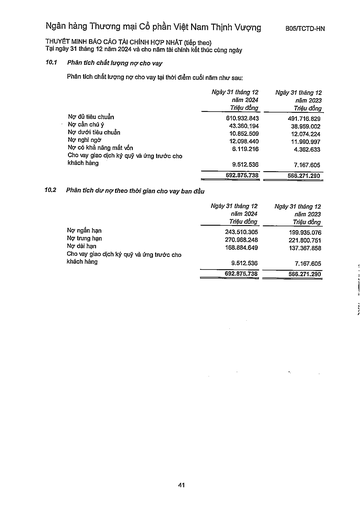
||Ngày 31 tháng 12 năm 2024 Triệu đồng|Ngày 31 tháng 12 năm 2023 Triệu đồng| |---|---|---| |Nợ đủ tiêu chuẩn|610.932.843|491.716.829| |Nợ cần chú ý|43.360.194|38.959.002| |Nợ dưới tiêu chuẩn|10.852.509|12.074.224| |Nợ nghi ngờ|12.098.440|11.990.997| |Nợ có khả năng mất vốn|6.119.216|4.362.633| |Cho vay giao dịch ký quỹ và ứng trước cho khách hàng|9.512.536|7.167.605| ||692.875.738|566.271.290| ||Ngày 31 tháng 12 năm 2024 Triệu đồng|Ngày 31 tháng 12 năm 2023 Triệu đồng| |---|---|---| |Nợ ngắn hạn|243.510.305|199.935.076| |Nợ trung hạn|270.968.248|221.800.751| |Nợ dài hạn|168.884.649|137.367.858| |Cho vay giao dịch ký quỹ và ứng trước cho khách hàng|9.512.536|7.167.605| ||692.875.738|566.271.290|